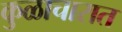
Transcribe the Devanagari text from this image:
कुळाचारात